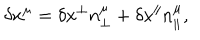
\delta x ^ { \mu } = \delta x ^ { \perp } n _ { \perp } ^ { \mu } + \delta x ^ { \parallel } n _ { \parallel } ^ { \mu } ,